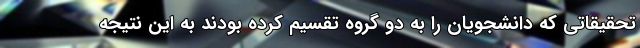
تحقیقاتی که دانشجویان را به دو گروه تقسیم کرده بودند به این نتیجه